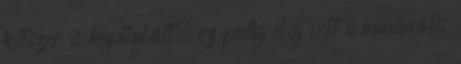
kétszer is kapitulált, ez pedig elég volt a minimális